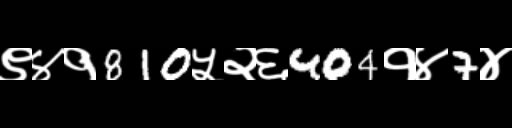
Text: ९४१810५२६404१४7४